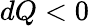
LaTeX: dQ<0